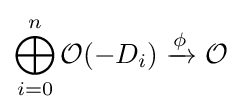
\bigoplus _{i=0}^{n}{\mathcal {O}}(-D_{i})\xrightarrow {\phi } {\mathcal {O}}